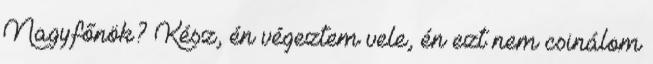
Nagyfőnök? Kész, én végeztem vele, én ezt nem csinálom